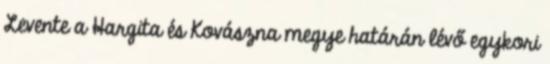
Levente a Hargita és Kovászna megye határán lévő egykori